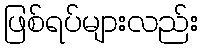
ဖြစ်ရပ်များလည်း